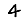
Digit: 4